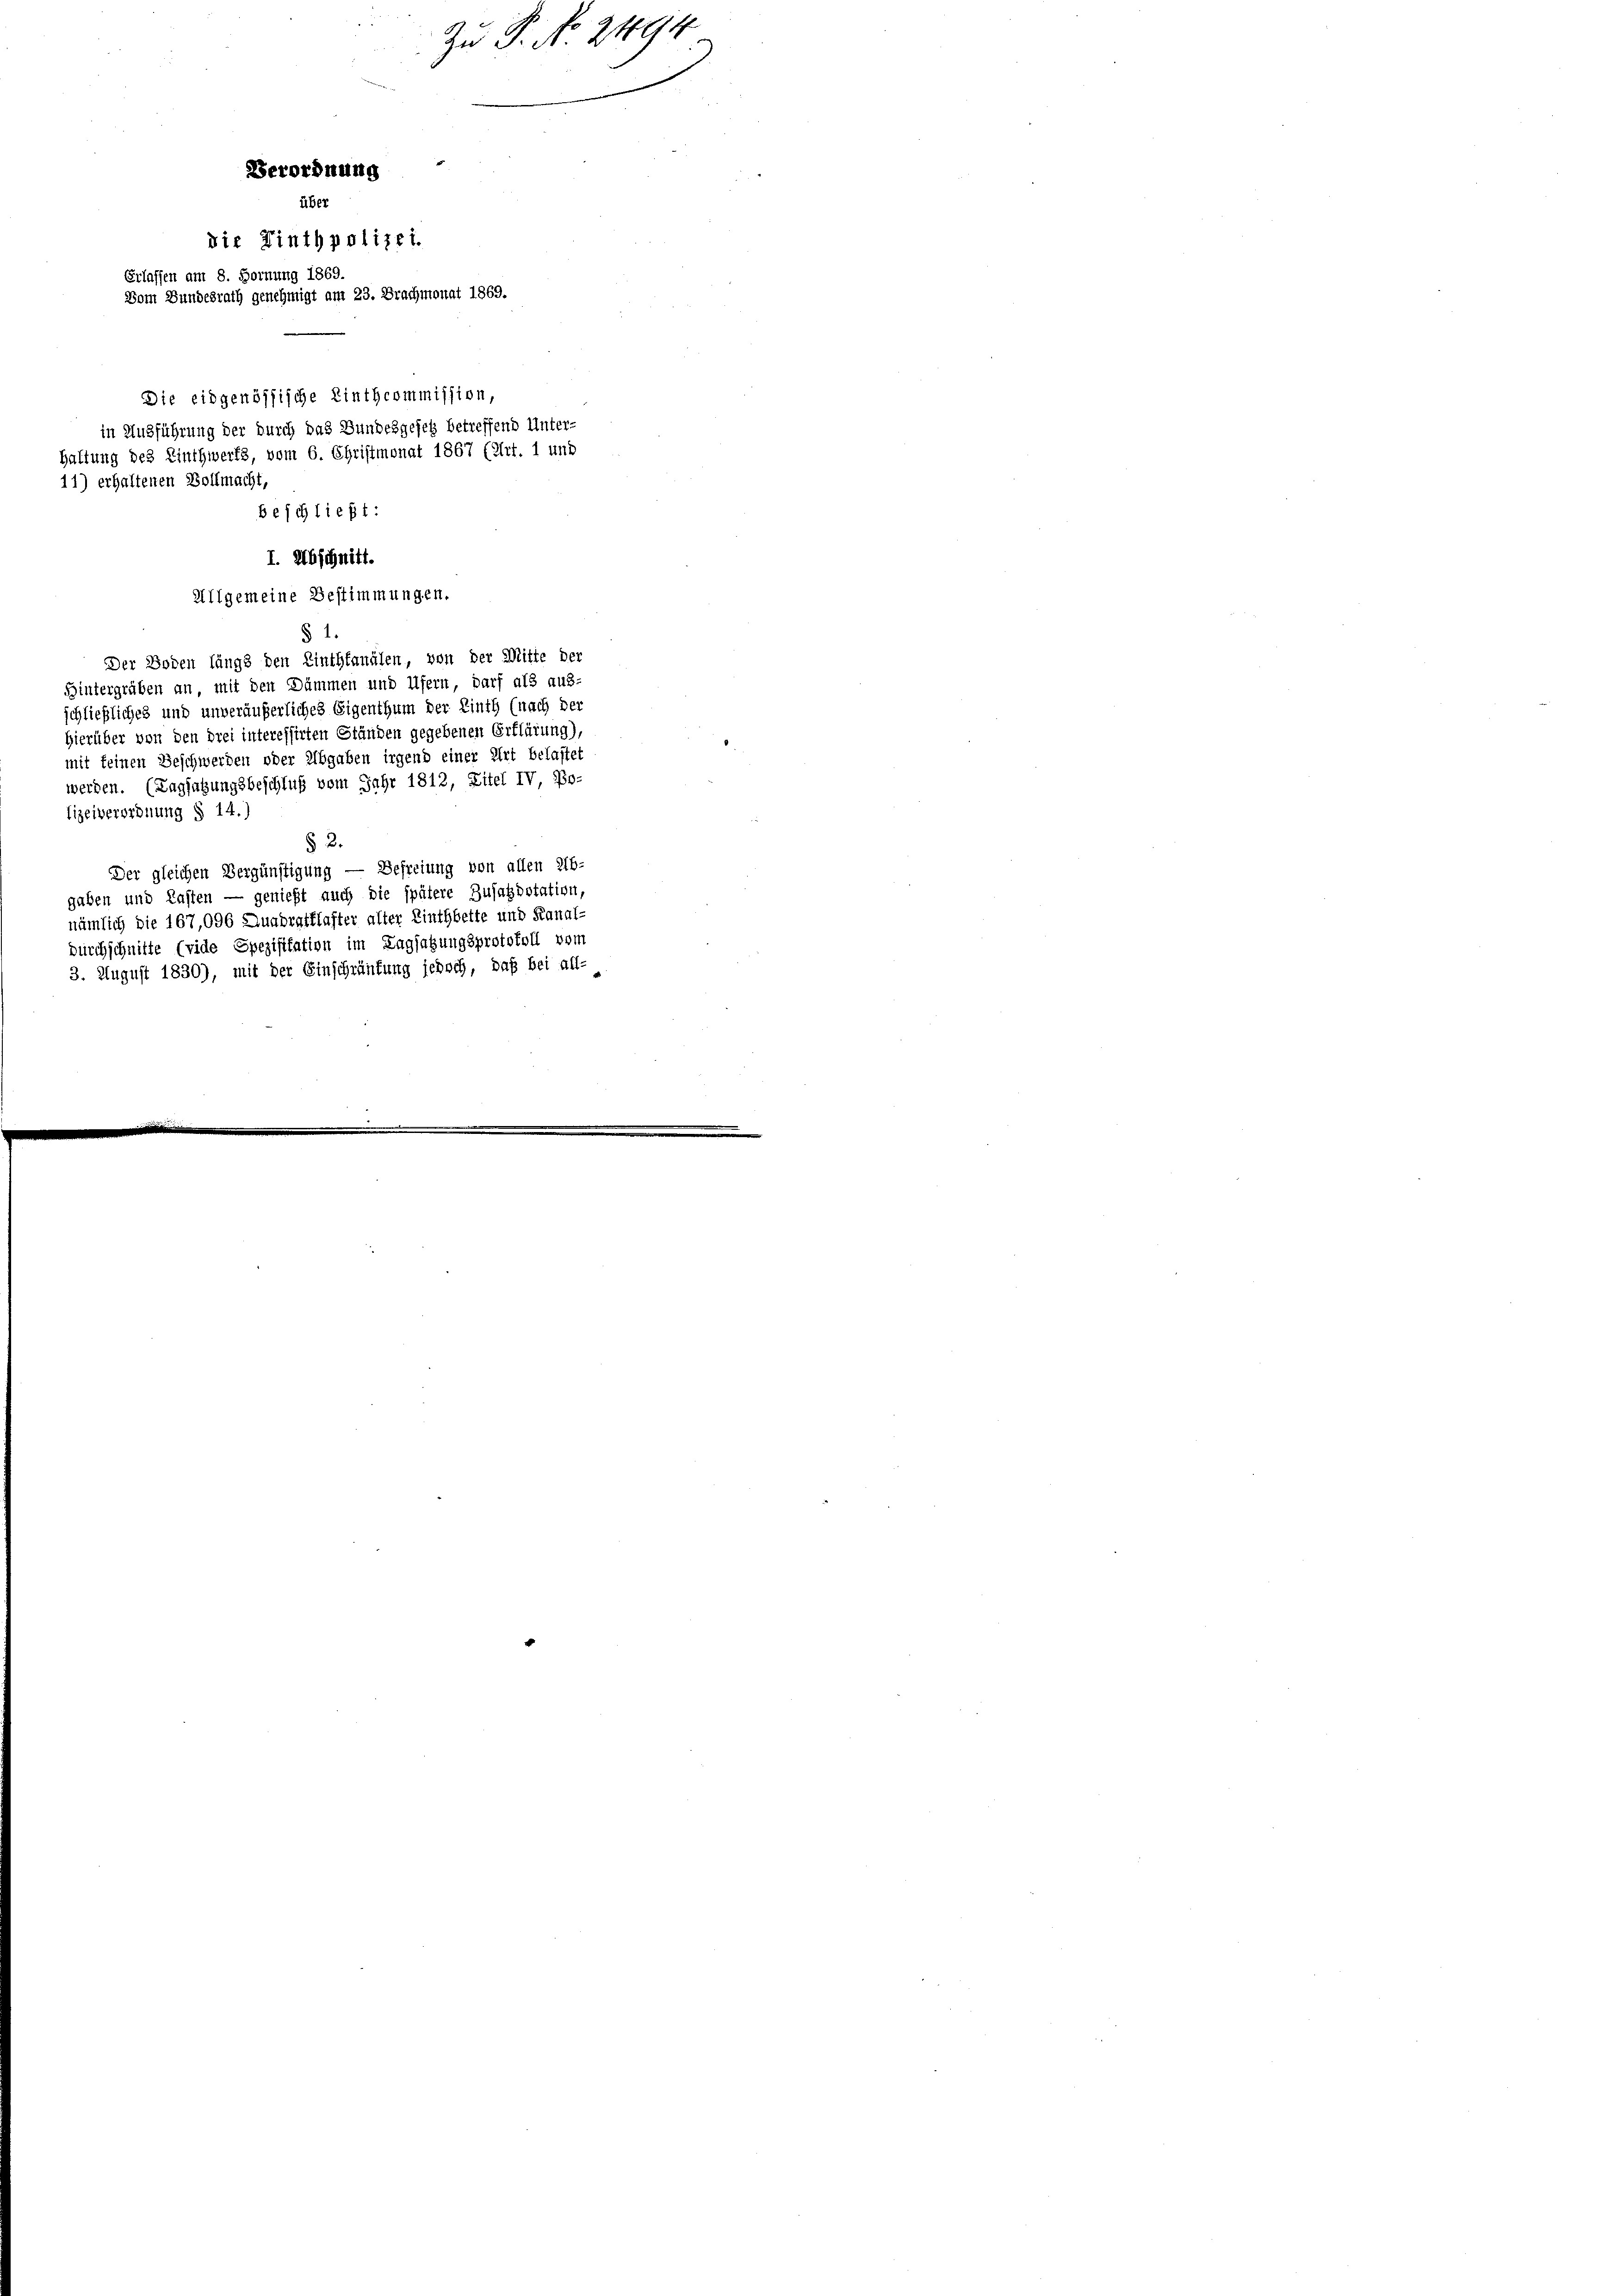
Verordnung
über
die Tinthpolizei.
Erlassen am 8. Hornung 1869.
Vom Bundesrath genehmigt am 23. Brachmonat 1869.

Allgemeine Bestimmungen.
§ 1.
Der Boden längs den Linthkanälen, von der Mitte der
Hintergräben an mit den Dämmen und Ufern, darf als aus-
schließliches und unveräußerliches Eigenthum der Linth (nach der
Hierüber von den drei interessirten Ständen gegebenen Erklärung),
mit keinen Geschwerden oder Abgaben irgend einer Art belastet
werden. (Tagsatzungsbeschluß vom Jahr 1812, Zitel IV, Bo-
lizeiverordnung § 14.)
§ 2.
Der gleichen Vergünstigung — Befreiung von allen Ab-
gaben und Lasten — genießt auch die spätere Zusatzpotation,
nämlich die 167,096 Quadratklafter alter Linthbette und Kanal-
Durchschnitte (vide Spezifikation im Tagsatzungsprotokoll vom
3. August 1830), mit der Einschränkung jedoch, daß bei all-

Die eidgenössische Linthcommission,
in Ausführung der durch das Bundesgesetz betreffend Unter-
Haltung des Linthwerts, vom 6. Christmonat 1867 (Art. 1 und
11) erhaltenen Vollmacht,
beschließt:

I. Abschnitt.

Zu P. No 2194